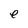
Character: e